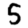
Digit: 5